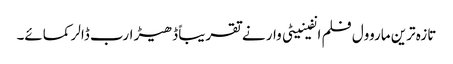
تازہ ترین ماروول فلم انفینیٹی وار نے تقریباً ڈھیڑ ارب ڈالر کمائے۔